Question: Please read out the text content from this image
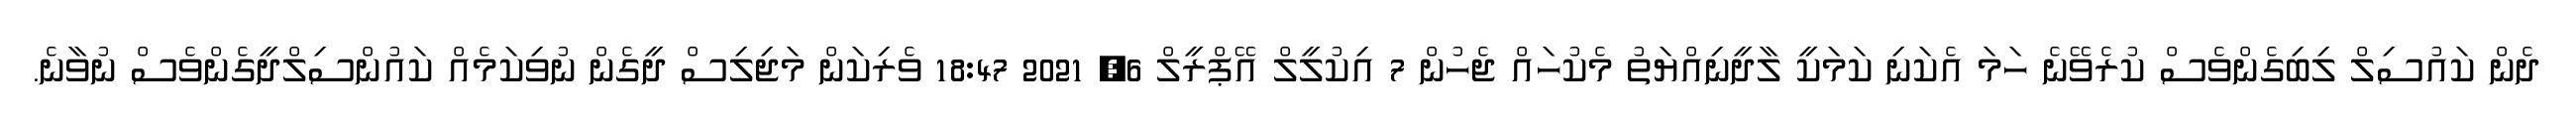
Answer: ދެން ކައުސިލް ލިބިގެންވެސް ކުރެވޭނެ ހަމަ އެކަނި ކަމަކީ ލާދީނިއްޔަތު މެކުހައް ޖެހުން 7 އިކުލީލް އޭޕްރީލް 6, 2021 18:47 ވެރިކަން މަޖިލިސް ދީގެން ނުވިކަމެއް ކައުންސިލްދީގެންވެސް ނުވާނެ.